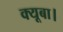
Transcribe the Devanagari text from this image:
क्यूबा।